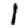
Digit: 1